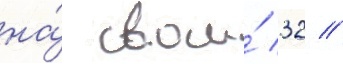
на́ свои́ 32 /